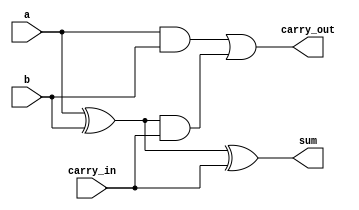
module adder_1
(
    input  a,
    input  b,
    input  carry_in,
    output sum,
    output carry_out
);

    wire p = a ^ b;
    wire q = a & b;

    assign sum       = p ^ carry_in;
    assign carry_out = q | (p & carry_in);

endmodule

module adder_4_ripple_carry
(
    input  [3:0] a,
    input  [3:0] b,
    output [3:0] sum
);

    wire [2:0] carry;

    adder_1 inst_0 (a [0], b [0], 1'b0,      sum [0], carry [0]);
    adder_1 inst_1 (a [1], b [1], carry [0], sum [1], carry [1]);
    adder_1 inst_2 (a [2], b [2], carry [1], sum [2], carry [2]);
    adder_1 inst_3 (a [3], b [3], carry [2], sum [3],          );

endmodule

module adder_4_plus
(
    input  [3:0] a,
    input  [3:0] b,
    output [3:0] sum
);

    assign sum = a + b;

endmodule

module top
(
    input  [3:0] key,
    output [9:0] led
);

    adder_4_ripple_carry inst_0 (key, key, led [3:0]);
    adder_4_plus         inst_1 (key, key, led [7:4]);
    
    assign led [9] = 1'b0;

endmodule